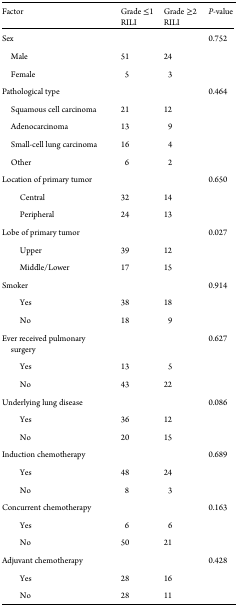
<table><thead><tr><td><b>Factor</b></td><td><b>Grade ≤1 RILI</b></td><td><b>Grade ≥2 RILI</b></td><td><b><i>P-</i>value</b></td></tr></thead><tbody><tr><td>Sex</td><td></td><td></td><td>0.752</td></tr><tr><td> Male</td><td>51</td><td>24</td><td></td></tr><tr><td> Female</td><td>5</td><td>3</td><td></td></tr><tr><td>Pathological type</td><td></td><td></td><td>0.464</td></tr><tr><td> Squamous cell carcinoma</td><td>21</td><td>12</td><td></td></tr><tr><td> Adenocarcinoma</td><td>13</td><td>9</td><td></td></tr><tr><td> Small-cell lung carcinoma</td><td>16</td><td>4</td><td></td></tr><tr><td> Other</td><td>6</td><td>2</td><td></td></tr><tr><td>Location of primary tumor</td><td></td><td></td><td>0.650</td></tr><tr><td>Central</td><td>32</td><td>14</td><td></td></tr><tr><td>Peripheral</td><td>24</td><td>13</td><td></td></tr><tr><td>Lobe of primary tumor</td><td></td><td></td><td>0.027</td></tr><tr><td>Upper</td><td>39</td><td>12</td><td></td></tr><tr><td>Middle/Lower</td><td>17</td><td>15</td><td></td></tr><tr><td>Smoker</td><td></td><td></td><td>0.914</td></tr><tr><td>Yes</td><td>38</td><td>18</td><td></td></tr><tr><td>No</td><td>18</td><td>9</td><td></td></tr><tr><td>Ever received pulmonary surgery</td><td></td><td></td><td>0.627</td></tr><tr><td>Yes</td><td>13</td><td>5</td><td></td></tr><tr><td>No</td><td>43</td><td>22</td><td></td></tr><tr><td>Underlying lung disease</td><td></td><td></td><td>0.086</td></tr><tr><td>Yes</td><td>36</td><td>12</td><td></td></tr><tr><td>No</td><td>20</td><td>15</td><td></td></tr><tr><td>Induction chemotherapy</td><td></td><td></td><td>0.689</td></tr><tr><td>Yes</td><td>48</td><td>24</td><td></td></tr><tr><td>No</td><td>8</td><td>3</td><td></td></tr><tr><td>Concurrent chemotherapy</td><td></td><td></td><td>0.163</td></tr><tr><td>Yes</td><td>6</td><td>6</td><td></td></tr><tr><td>No</td><td>50</td><td>21</td><td></td></tr><tr><td>Adjuvant chemotherapy</td><td></td><td></td><td>0.428</td></tr><tr><td>Yes</td><td>28</td><td>16</td><td></td></tr><tr><td>No</td><td>28</td><td>11</td><td></td></tr></tbody></table>